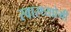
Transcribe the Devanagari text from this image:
स्वास्थ्यप्रेमी